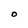
Character: O